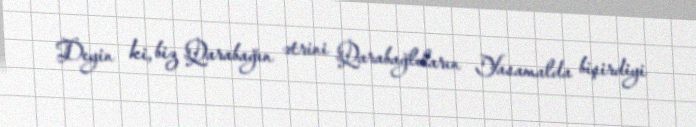
Deyin ki, biz Qarabağın ətrini Qarabağlıların Yasamalda bişirdiyi